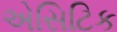
એસિટિક